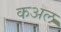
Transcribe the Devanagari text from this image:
कअल